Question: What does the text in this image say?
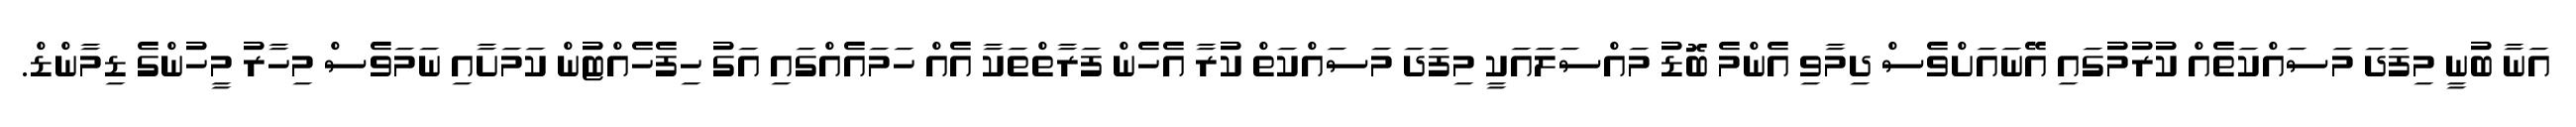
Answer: އަނާ ބުނީ މިފަދަ މަސައްކަތެއް ކުރުމުގައި އޭނައަށްވެސް ދިމާވި އެންމެ ބޮޑު މައްސަލައަކީ މިފަދަ މަސައްކަތް ކުރާ އެހެން ފަރާތްތަކާ އެއް ހަމައެއްގައި އަގު ހިފެހެއްޓުން ކަމަށާއި ނަމަވެސް މިހާރު މީހުންގެ ޑިމާންޑް.